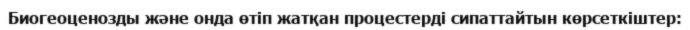
Биогеоценозды және онда өтіп жатқан процестерді сипаттайтын көрсеткіштер: